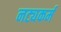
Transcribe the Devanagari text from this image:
नट्यकर्म